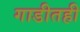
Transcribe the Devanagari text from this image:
गाडीतही